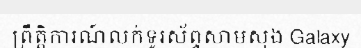
ព្រឹត្តិការណ៍លក់ទូរស័ព្ទសាមសុង Galaxy